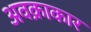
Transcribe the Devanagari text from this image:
अवक्राकार